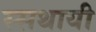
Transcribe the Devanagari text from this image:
स्सथायी